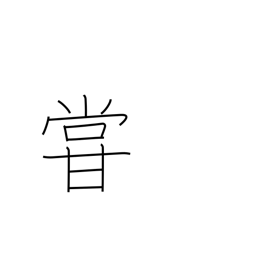
Meaning: underrate